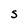
Character: S